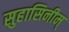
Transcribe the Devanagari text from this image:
सुहासिनीम्